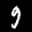
Label: 9